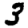
Digit: 3